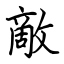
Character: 敵